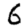
Digit: 6